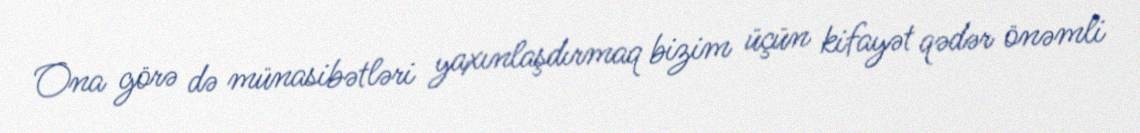
Ona görə də münasibətləri yaxınlaşdırmaq bizim üçün kifayət qədər önəmli